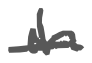
Text: in
Cross-out: single-line
Writing tool: digital_gray